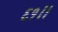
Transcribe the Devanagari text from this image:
६१।।